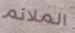
الملائم